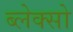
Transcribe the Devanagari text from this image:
ब्लेक्सो